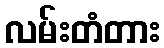
လမ်းတံတား